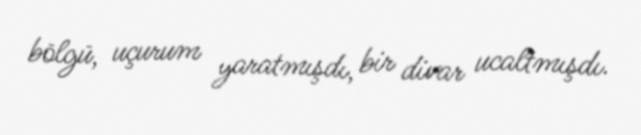
bölgü, uçurum yaratmışdı, bir divar ucaltmışdı.